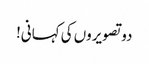
دو تصویروں کی کہانی!